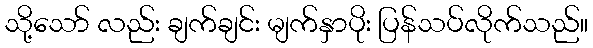
သို့သော် လည်း ချက်ချင်း မျက်နှာပိုး ပြန်သပ်လိုက်သည်။